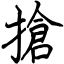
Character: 搶